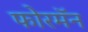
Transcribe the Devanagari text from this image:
फोरमॅन